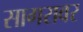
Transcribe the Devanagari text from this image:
सागरावर